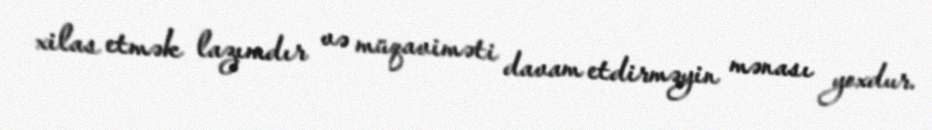
xilas etmək lazımdır və müqaviməti davam etdirməyin mənası yoxdur.